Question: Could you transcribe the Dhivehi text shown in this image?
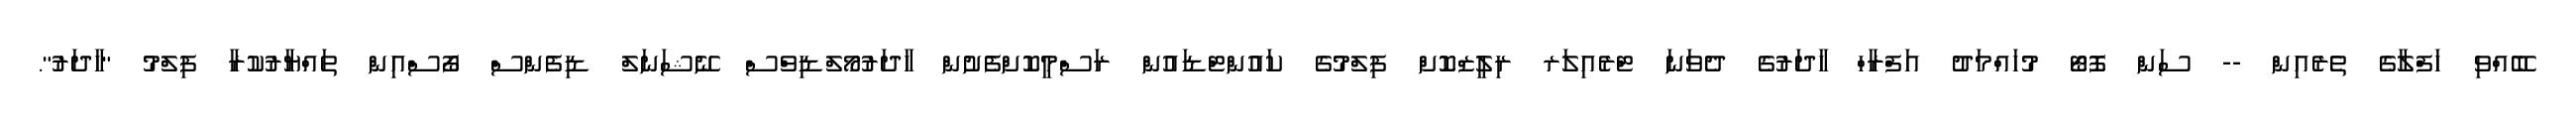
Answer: ބޭއްވި ހަފްލާގެ ތެރެއިން -- ސަން ފޮޓޯ މުހައްމަދު އަފްރާހް ހާދަރުގެ ދެވަނަ ޓްރެއިލަރ ރިލީޒްކޮށް ފިލްމުގެ ކައުންޓްޑައުން ރަސްމީކޮށްފެށުން ހާދަރުމޯލްޑިވްސް ނޭޝަނަލް ޑިފެންސް ފޯސްއިން ތައްޔާރުކުރާ ފިލްމު "ހާދަރު".